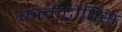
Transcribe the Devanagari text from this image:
कलोट्रोपिस